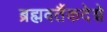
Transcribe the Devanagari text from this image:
ब्रह्मवर्तैकदेशे